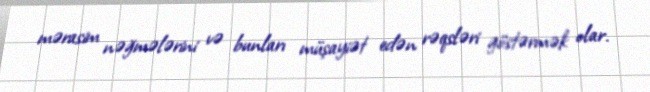
mərasim nəğmələrini və bunları müşayiət edən rəqsləri göstərmək olar.